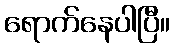
ရောက်နေပါပြီ။